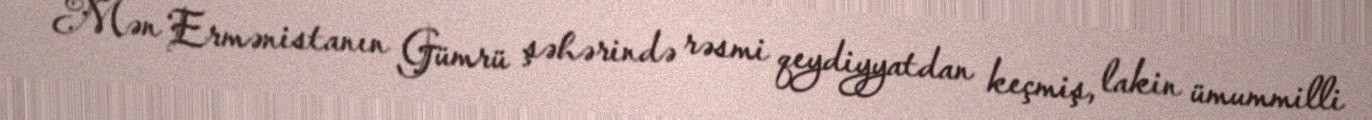
- Mən Ermənistanın Gümrü şəhərində rəsmi qeydiyyatdan keçmiş, lakin ümummilli